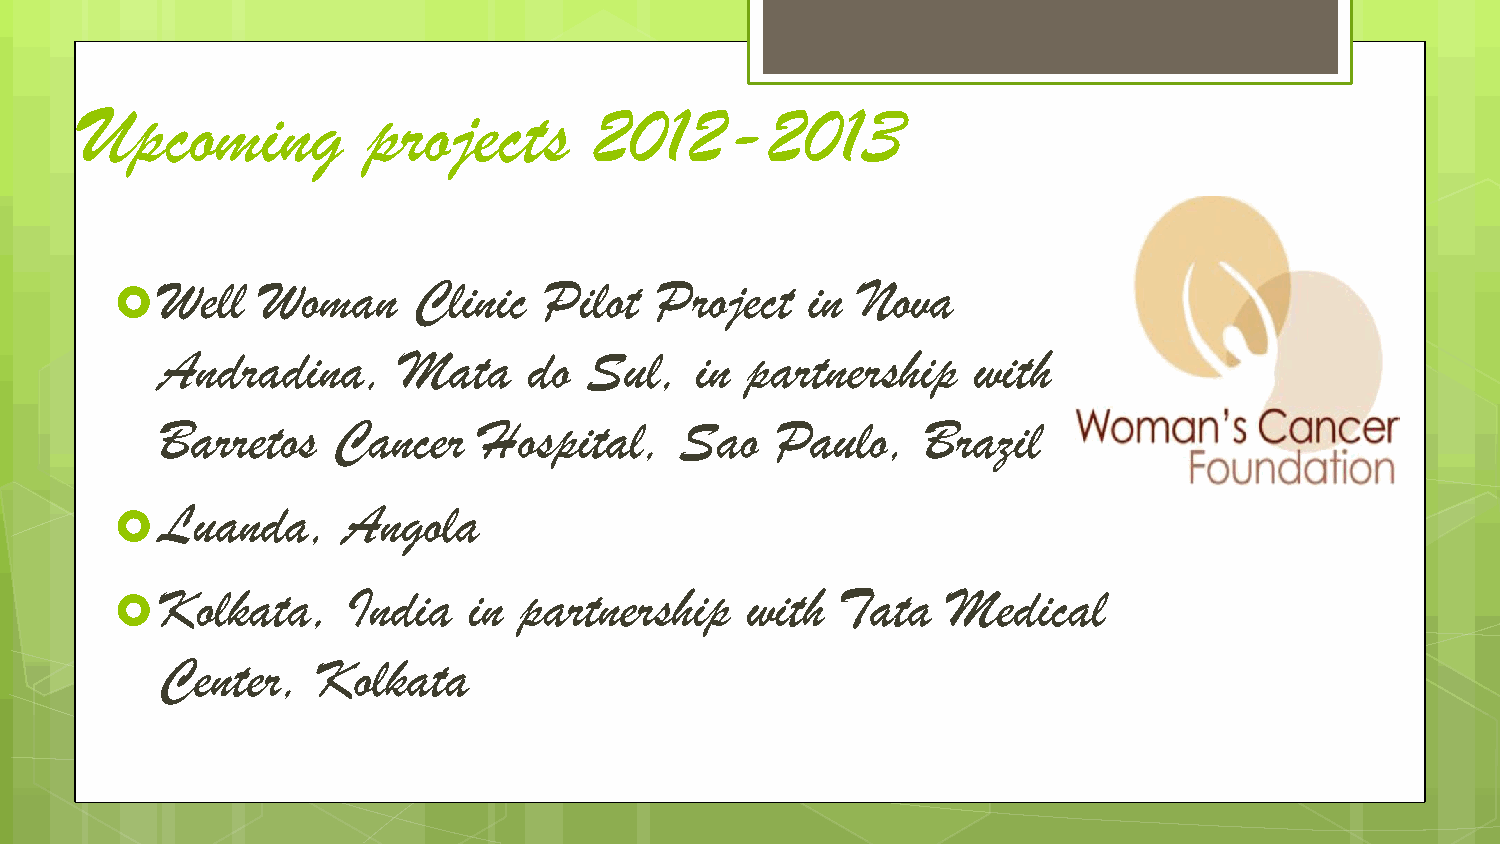
Upcoming           projects       2012-2013
 Well  Woman     Clinic   Pilot  Project    in Nova
 
 Andradina,      Mata    do  Sul,   in partnership    with
 Barretos   Cancer    Hospital,    Sao   Paulo,    Brazil
 Luanda,     Angola
 
 Kolkata,    India   in partnership    with  Tata    Medical
 
 Center,   Kolkata